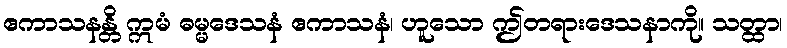
ဧကာသနန္တိ ဣမံ ဓမ္မဒေသနံ ဧကာသနံ၊ ဟူသော ဤတရားဒေသနာကို။ သတ္ထာ၊